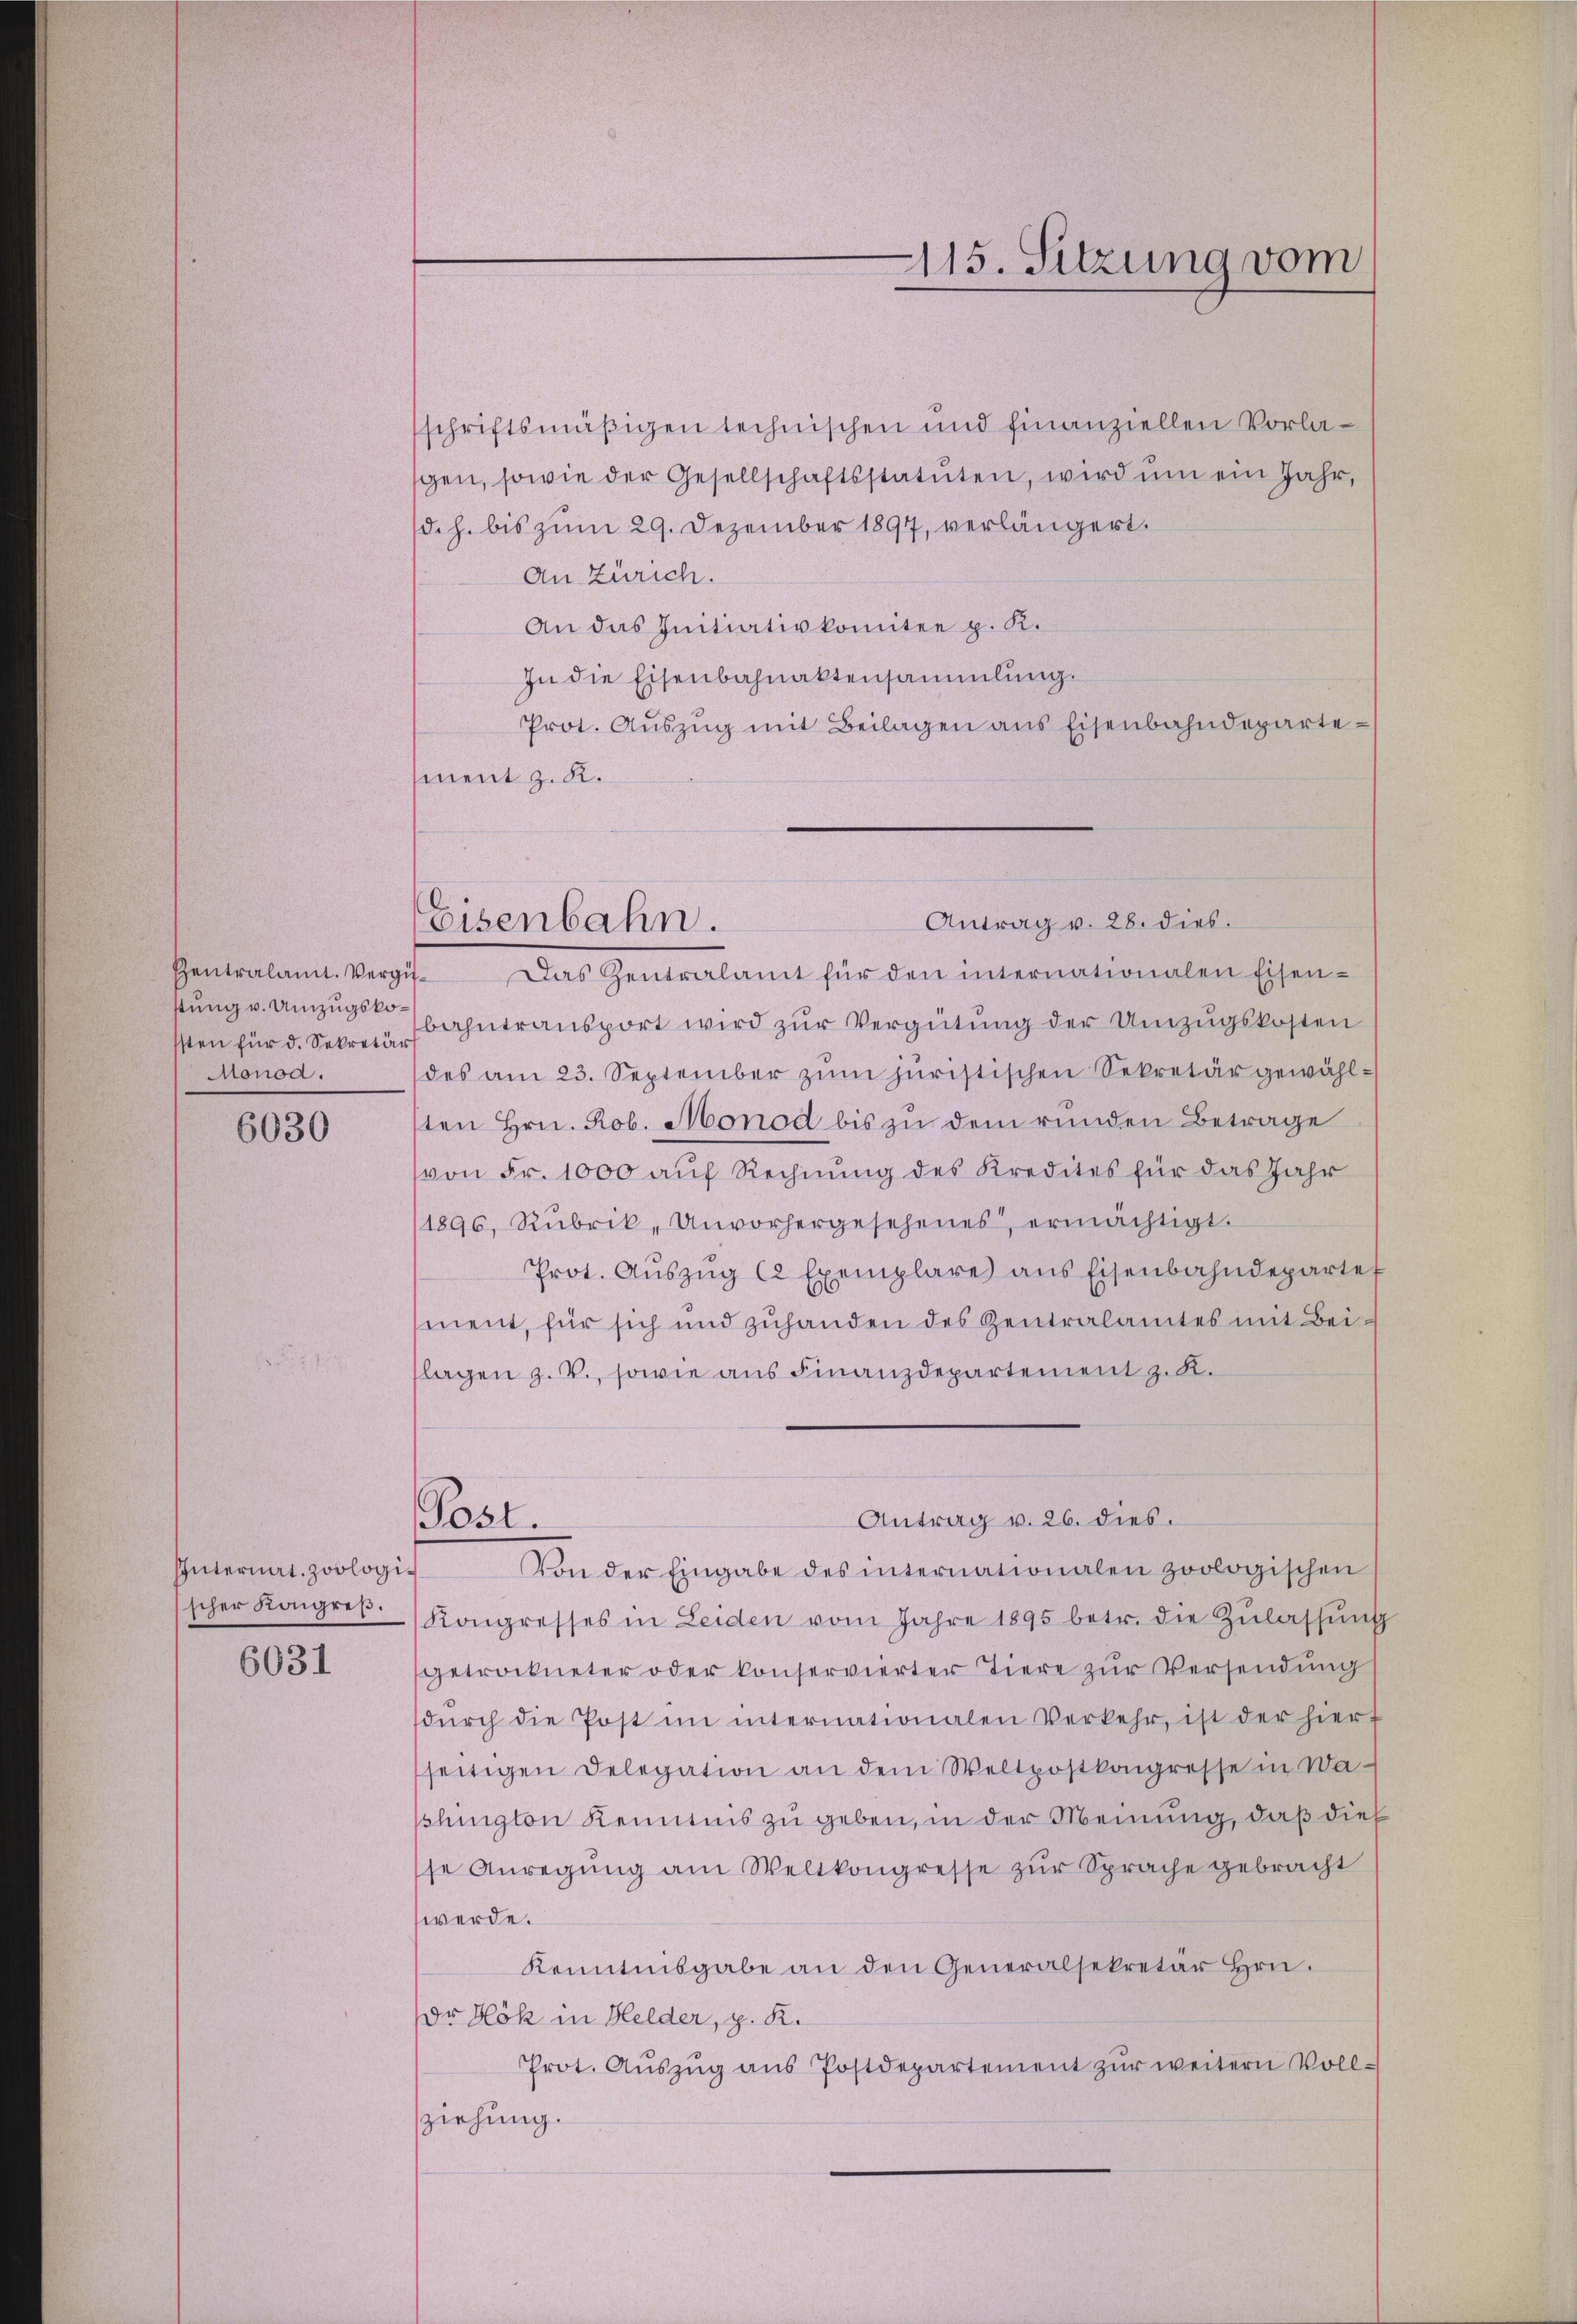
sten für d. Sekretär
Monod.

6030

Internat. zoologischer Kongreß.

6031

schriftsmäßigen technischen und finanziellen Vorlagen, sowie der Gesellschaftsstatuten, wird ŭm ein Jahr,
(d. h. bis zum 29. Dezember 1897, verlängert.
An Zürich.
An das Initiativkomitee p. K.
In die Eisenbahnaktensammlung.
Prot. Aŭszŭg mit Beilagen ans Eisenbahndeparte
ment z. R.
Antrag v. 28. dies.
Zentralamt. Vergit. Das Zentralamt für den internationalen Eisen-
bung v. Umzugsbahntransport wird zur Vergütung der Umzugskosten
des am 23. September zŭm juristischen Sekretär gewählsten Hrn. Rob. Monod bis zu dem runden Betrage
von Fr. 1000 auf Rechnung des Kredites für das Jahr
1896, Rubrik, Unvorhergesehenes, ermächtigt.
Prot. Aŭszŭg 12 Exemplare ans Eisenbahndepartef
ment, für sich und zuhanden des Zentralamtes mit Beilagen z. V., sowie aus Finanzdepartement z. K.
Antrag v. 26. dies.
Post.
Von der Eingabe des internationalen zoologischen
Kongresses in Leiden vom Jahre 1895 betr. die Zŭlassŭng
getrockneter oder konservierter Tiere zŭr Versendung
dŭrch die Post im internationalen Verkehr, ist der hierf
seitigen Delegation an dem Weltpostkongresse in Waschington Kenntnis zu geben, in der Meinung, daß dies
se Anregŭng am Weltkongresse zŭr Sprache gebracht
werde.
Kenntnisgabe an den Generalsekretär Hrn.
Dr Hök in Helder, p. K.
Prot. Aŭszŭg ans Postdepartement zŭr weitern Voll-
sziehung.

Eisenbahn.

115. Sitzung vom